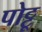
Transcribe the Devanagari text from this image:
पोट्टू